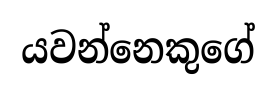
යවන්නෙකුගේ